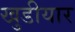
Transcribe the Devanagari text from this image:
खुडीयार